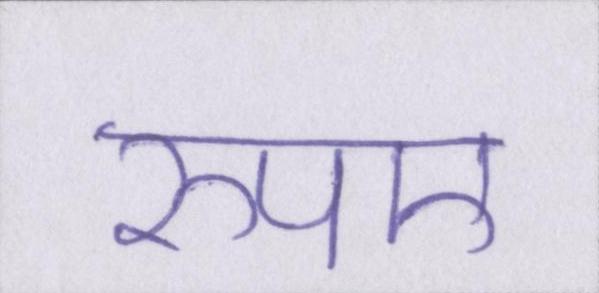
रुपए